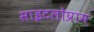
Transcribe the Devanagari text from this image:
साइटलोप्राम